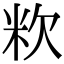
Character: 𥸷